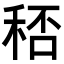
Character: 𥞶